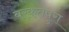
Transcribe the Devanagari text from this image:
बरकतपुरा